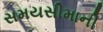
સમયસીમાની